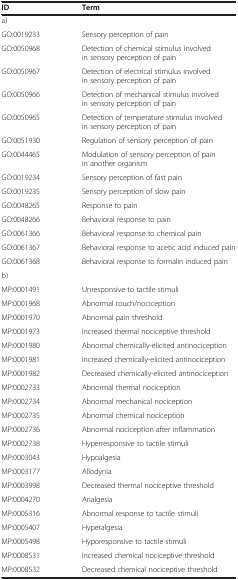
<table><thead><tr><td><b>ID</b></td><td><b>Term</b></td></tr></thead><tbody><tr><td>a)</td><td> </td></tr><tr><td>GO:0019233</td><td>Sensory perception of pain</td></tr><tr><td>GO:0050968</td><td>Detection of chemical stimulus involved in sensory perception of pain</td></tr><tr><td>GO:0050967</td><td>Detection of electrical stimulus involved in sensory perception of pain</td></tr><tr><td>GO:0050966</td><td>Detection of mechanical stimulus involved in sensory perception of pain</td></tr><tr><td>GO:0050965</td><td>Detection of temperature stimulus involved in sensory perception of pain</td></tr><tr><td>GO:0051930</td><td>Regulation of sensory perception of pain</td></tr><tr><td>GO:0044465</td><td>Modulation of sensory perception of pain in another organism</td></tr><tr><td>GO:0019234</td><td>Sensory perception of fast pain</td></tr><tr><td>GO:0019235</td><td>Sensory perception of slow pain</td></tr><tr><td>GO:0048265</td><td>Response to pain</td></tr><tr><td>GO:0048266</td><td>Behavioral response to pain</td></tr><tr><td>GO:0061366</td><td>Behavioral response to chemical pain</td></tr><tr><td>GO:0061367</td><td>Behavioral response to acetic acid induced pain</td></tr><tr><td>GO:0061368</td><td>Behavioral response to formalin induced pain</td></tr><tr><td>b)</td><td> </td></tr><tr><td>MP:0001491</td><td>Unresponsive to tactile stimuli</td></tr><tr><td>MP:0001968</td><td>Abnormal touch/nociception</td></tr><tr><td>MP:0001970</td><td>Abnormal pain threshold</td></tr><tr><td>MP:0001973</td><td>Increased thermal nociceptive threshold</td></tr><tr><td>MP:0001980</td><td>Abnormal chemically-elicited antinociception</td></tr><tr><td>MP:0001981</td><td>Increased chemically-elicited antinociception</td></tr><tr><td>MP:0001982</td><td>Decreased chemically-elicited antinociception</td></tr><tr><td>MP:0002733</td><td>Abnormal thermal nociception</td></tr><tr><td>MP:0002734</td><td>Abnormal mechanical nociception</td></tr><tr><td>MP:0002735</td><td>Abnormal chemical nociception</td></tr><tr><td>MP:0002736</td><td>Abnormal nociception after inflammation</td></tr><tr><td>MP:0002738</td><td>Hyperresponsive to tactile stimuli</td></tr><tr><td>MP:0003043</td><td>Hypoalgesia</td></tr><tr><td>MP:0003177</td><td>Allodynia</td></tr><tr><td>MP:0003998</td><td>Decreased thermal nociceptive threshold</td></tr><tr><td>MP:0004270</td><td>Analgesia</td></tr><tr><td>MP:0005316</td><td>Abnormal response to tactile stimuli</td></tr><tr><td>MP:0005407</td><td>Hyperalgesia</td></tr><tr><td>MP:0005498</td><td>Hyporesponsive to tactile stimuli</td></tr><tr><td>MP:0008531</td><td>Increased chemical nociceptive threshold</td></tr><tr><td>MP:0008532</td><td>Decreased chemical nociceptive threshold</td></tr></tbody></table>